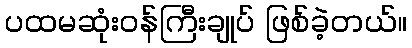
ပထမဆုံးဝန်ကြီးချုပ် ဖြစ်ခဲ့တယ်။